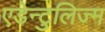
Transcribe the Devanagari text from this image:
एडेन्टुलिज्म